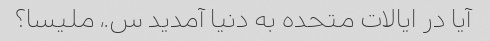
آیا در ایالات متحده به دنیا آمدید س.، ملیسا؟